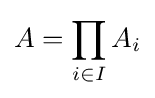
A=\prod _{i\in I}A_{i}